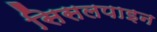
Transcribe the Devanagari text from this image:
सिसलपाइन